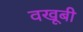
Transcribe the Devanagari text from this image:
वखूबी